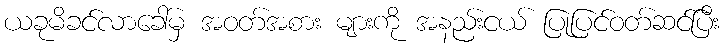
ယခုမိခင်လာခေါ်မှ အဝတ်အစား များကို အနည်းငယ် ပြုပြင်ဝတ်ဆင်ပြီး